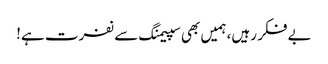
بے فکر رہیں، ہمیں بھی سپیمنگ سے نفرت ہے!